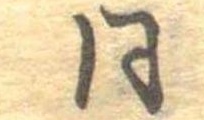
同